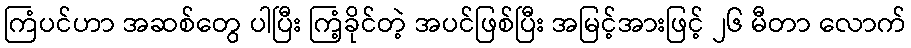
ကြံပင်ဟာ အဆစ်တွေ ပါပြီး ကြံ့ခိုင်တဲ့ အပင်ဖြစ်ပြီး အမြင့်အားဖြင့် ၂၆ မီတာ လောက်